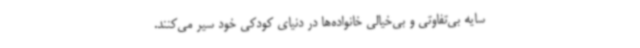
سایه بی‌تفاوتی و بی‌خیالی خانواده‌ها در دنیای کودکی خود سیر می‌کنند.